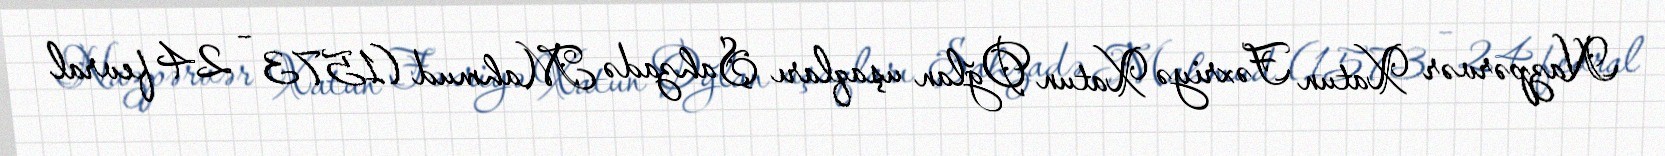
Nazpərvər Xatun Fəxriyə Xatun Oğlan uşaqları Şahzadə Mahmud (1573 – 24 fevral